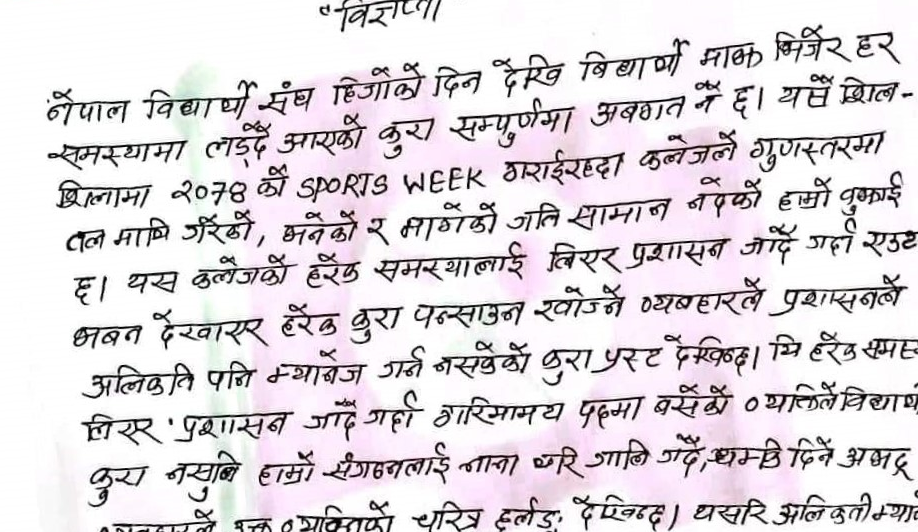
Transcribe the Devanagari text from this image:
विज्ञप्ती
नेपाल विद्यार्थी संघ हिजोको दिन देखि बिद्यार्थी माझ बिभिन्न हरु
समस्यामा लड्दै आएको कुरा सम्पूर्णमा अवगत नै छ । यस्तै खील–
शिलामा २०७८ को SPORTS WEEK गराईरहदा कलेजले गुणस्तरमा
तल माथि गरेको, भनेको र मागेको जति सामान नदएको हाम्रो बुझाई
छ । यस कलेजको हरेक समस्यालाई लिएर प्रशासन जाँदै गर्दा एउटै
भवन देखाएर हरेक कुरा पन्साउन खोज्ने व्यवहारले प्रशासनले
अलिकति पनि म्यानेज गर्न नसकेको कुरा प्रष्ट देखिन्छ । कि हरेक समस्या
लिएर प्रशासन जाँदै गर्दा गरिमामय पदमा बसेको व्यक्तिले विद्यार्थी
कुरा नसुन्ने हाम्रो संगठनलाई नाना थरी गाली गदै धम्कि दिने अभद्र
व्यवहारले उक्त व्यक्तिको चरित्र हलुङ्गो देखिन्छ । यसरी अलिकति म्यानेज